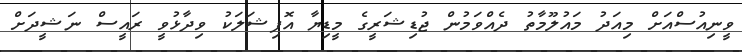
ވީނިއުސްއަށް މިއަދު މައުލޫމާތު ދެއްވަމުން ޖުޑިޝަރީގެ މީޑިޔާ އޮފިޝަލަކު ވިދާޅުވީ ރައީސް ނަޝީދަށް